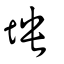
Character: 坱